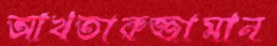
আখতারুজ্জামান